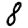
Digit: 8